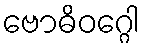
ဗောဓိဝဂ္ဂေါ